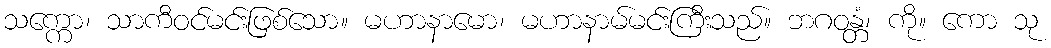
သက္ကော၊ သာကီဝင်မင်းဖြစ်သော။ မဟာနာမော၊ မဟာနာမ်မင်းကြီးသည်။ ဘဂဝန္တံ၊ ကို။ ကော သု